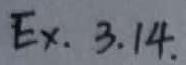
Ex. 3.14.